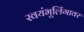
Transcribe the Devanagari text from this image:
स्वयंभूलिंगावर